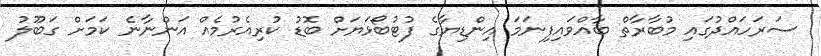
ސަރަހައްދުގައި މުބާރާތް ބާއްވައިފިނަމަ އިންޑިޔާގެ ފުޓުބޯޅަޔަށް ބޮޑު ކުރިއެރުމެއް އަންނާނެ ކަމަށް ގަބޫލު